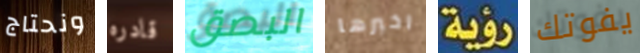
ونحتاج قادره البصق اخبرها رؤية يفوتك